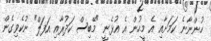
ހުންނާނެ ކަމަށާއި އެ މީހުން އެ އުޅެނީ "މޭބިސް ކަދުރާއި އަފަލް" ނުކެވިގެން